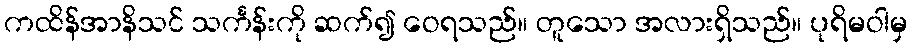
ကထိန်အာနိသင် သင်္ကန်းကို ဆက်၍ ဝေရသည်။ တူသော အလားရှိသည်။ ပုရိမဝါမှ